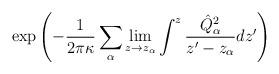
LaTeX: \begin{align*}\exp\left(-{1\over 2\pi \kappa}\sum_\alpha \lim_{z\rightarrow z_\alpha}\int^z{\hat Q^2_\alpha \over z^\prime-z_\alpha} dz^\prime\right)\end{align*}